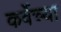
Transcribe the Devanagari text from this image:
कर्वेच्या